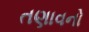
તણાવનો